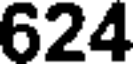
624